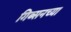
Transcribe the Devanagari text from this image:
गिब्सनच्या